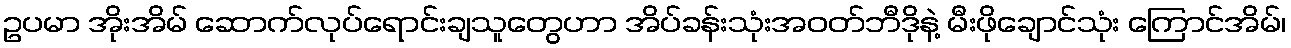
ဥပမာ အိုးအိမ် ဆောက်လုပ်ရောင်းချသူတွေဟာ အိပ်ခန်းသုံးအဝတ်ဘီဒိုနဲ့ မီးဖိုချောင်သုံး ကြောင်အိမ်၊